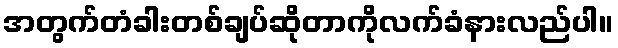
အတွက်တံခါးတစ်ချပ်ဆိုတာကိုလက်ခံနားလည်ပါ။